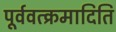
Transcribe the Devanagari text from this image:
पूर्ववत्क्रमादिति